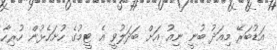
އަޑުބަރޭ މިއަދު ބުނީ ނިއު އަށް ބަދަލުވީ އެ ޓީމުގެ ހުށަހެޅުން ހުރިހާ